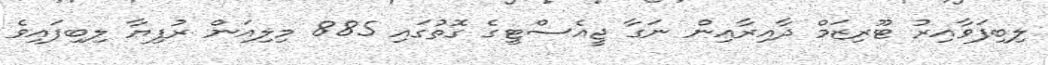
ލިބިފަވާއިރު ޓޫރިޒަމް ދާއިރާއިން ނަގާ ޖީއެސްޓީގެ ގޮތުގައި 885 މިލިއަން ރުފިޔާ ލިބިފައިވެ